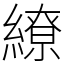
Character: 繚